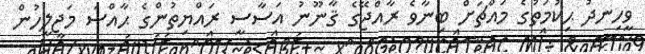
ވީހިނދު ޙިކުމަތުގެ މައްޗަށް ބިނާވެ ރާއްޖޭގެ ޤާނޫނު އަސާސީ ރައްޔިތުންގެ ޙާއްސަ މަޖިލީހުން